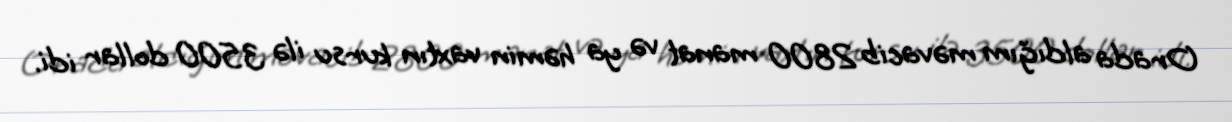
Orada aldığım məvacib 2800 manat və ya həmin vaxtın kursu ilə 3500 dollar idi.